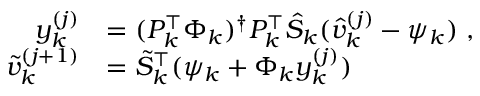
\begin{array} { r l } { y _ { k } ^ { ( j ) } } & { = ( P _ { k } ^ { \top } \Phi _ { k } ) ^ { \dagger } P _ { k } ^ { \top } \hat { S } _ { k } ( \hat { v } _ { k } ^ { ( j ) } - \psi _ { k } ) \mathrm { ~ , } } \\ { \tilde { v } _ { k } ^ { ( j + 1 ) } } & { = \tilde { S } _ { k } ^ { \top } ( \psi _ { k } + \Phi _ { k } y _ { k } ^ { ( j ) } ) } \end{array}